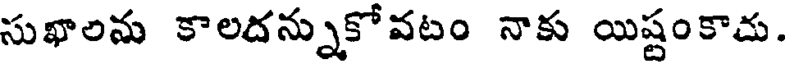
సుఖాలను కాలదన్నుకోవటం నాకు యిష్టంకాదు.